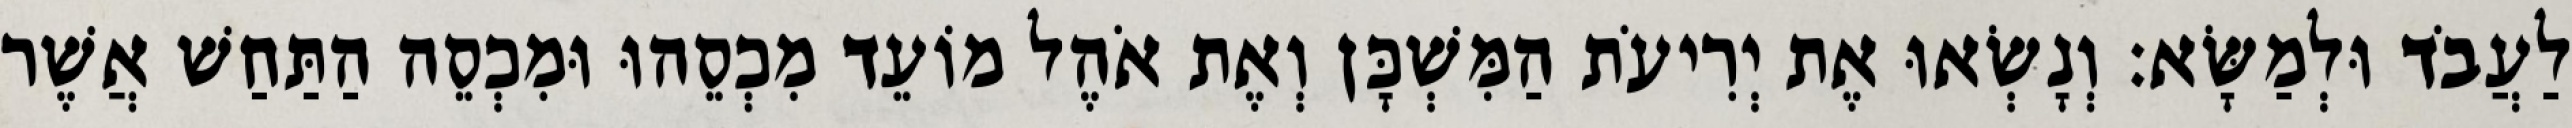
לַעֲבֹד וּלְמַשָּׂא׃ וְנָשְׂאוּ אֶת יְרִיעֹת הַמִּשְׁכָּן וְאֶת אֹהֶל מוֹעֵד מִכְסֵהוּ וּמִכְסֵה הַתַּחַשׁ אֲשֶׁר